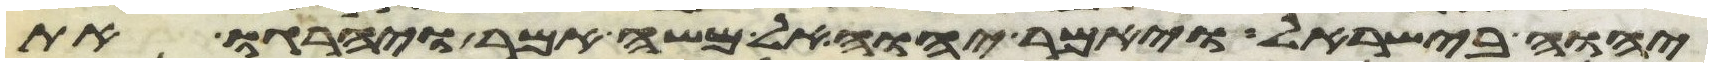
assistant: יהוה בישראל ויאמר יהוה אל משה אמר ויהרגו את